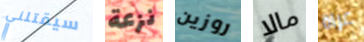
سيقتلني نزعة روزين مالا عراة